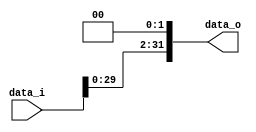
// 110550108
//Subject:      CO project 2 - Shift_Left_Two_32
//--------------------------------------------------------------------------------
//Version:     1
//--------------------------------------------------------------------------------
//Description: 
//--------------------------------------------------------------------------------

module Shift_Left_Two_32(
    data_i,
    data_o
    );

//I/O ports                    
input  [32-1:0] data_i;
output [32-1:0] data_o;

//shift left 2
assign data_o = data_i << 2;

endmodule